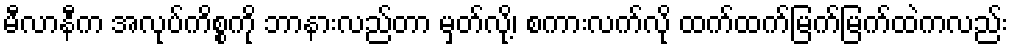
မီလာနီက အလုပ်ကိစ္စကို ဘာနားလည်တာ မှတ်လို့၊ စကားလက်လို ထက်ထက်မြက်မြက်ထဲကလည်း